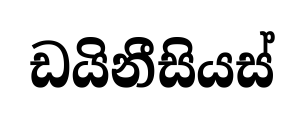
ඩයිනීසියස්